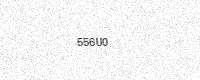
Text: 556U0